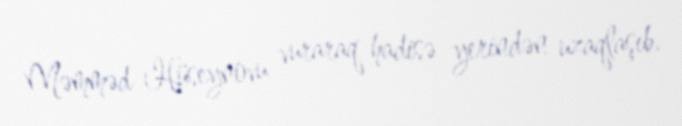
Məmməd Hüseynovu vuraraq hadisə yerindən uzaqlaşıb.